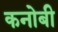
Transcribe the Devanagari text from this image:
कनोबी